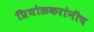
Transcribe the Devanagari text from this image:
प्रियोळकरांनीच